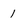
Character: 1